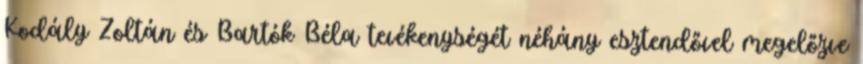
Kodály Zoltán és Bartók Béla tevékenységét néhány esztendővel megelőzve